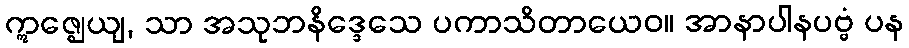
ဣဇ္ဈေယျ, သာ အသုဘနိဒ္ဒေသေ ပကာသိတာယေဝ။ အာနာပါနပဗ္ဗံ ပန